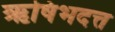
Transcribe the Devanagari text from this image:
ऋषिभदत्त